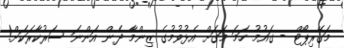
މަގޭރިޕޯޓް - ގައުމު ހަމަ މަގަށް އެޅުވުމުގެ ޒިންމާ ދެން އަންނަ ސަރުކާރަކަށް!